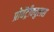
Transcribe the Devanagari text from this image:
प्रोवेंट्रीक्युलस